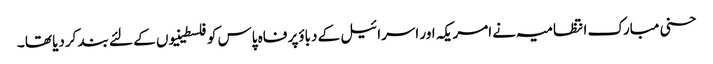
حسنی مبارک انتظامیہ نے امریکہ اور اسرائیل کے دباؤپر فاہ پاس کو فلسطینیوں کے لئے بند کردیا تھا ۔